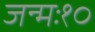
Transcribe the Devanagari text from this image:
जन्मः१०